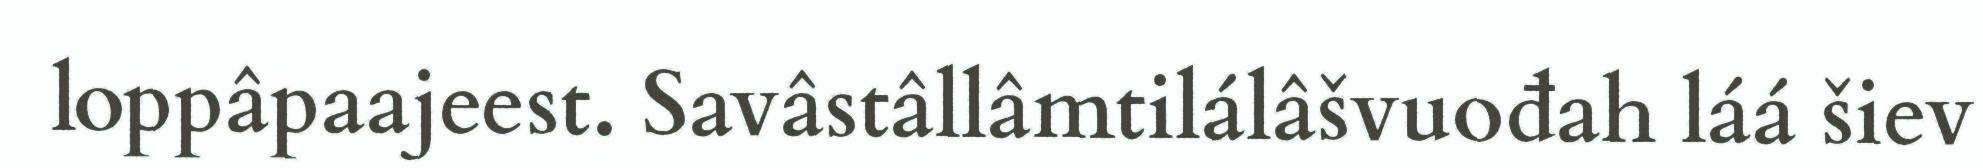
loppâpaajeest. Savâstâllâmtilálâšvuođah láá šiev